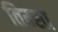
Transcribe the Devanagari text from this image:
तिम्सा